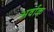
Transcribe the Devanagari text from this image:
अर्वाक्